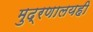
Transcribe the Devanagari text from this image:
मुद्रणालयही